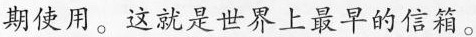
期使用。这就是世界上最早的信箱。